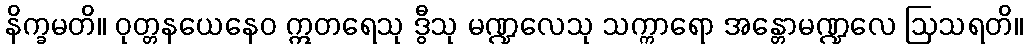
နိက္ခမတိ။ ဝုတ္တနယေနေဝ ဣတရေသု ဒွီသု မဏ္ဍလေသု သက္ကာရော အန္တောမဏ္ဍလေ ဩသရတိ။